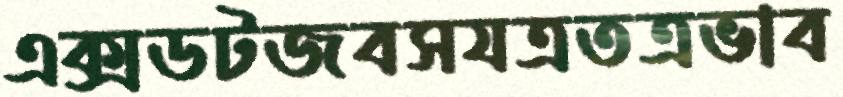
এক্সডটজবসযত্রতত্রভাব